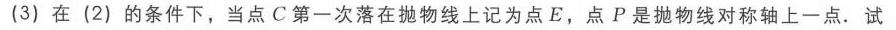
(3) 在 (2) 的条件下，当点\(C\)第一次落在抛物线上记为点\(E\)，点\(P\)是抛物线对称轴上一点. 试